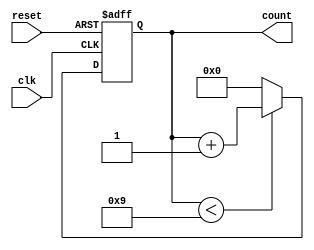
module bcd_counter (
    input wire clk,         // Clock signal
    input wire reset,       // Asynchronous reset signal
    output reg [3:0] count  // 4-bit BCD output
);

// Always block triggered on the rising edge of the clock
// or when the reset signal is asserted
always @(posedge clk or posedge reset) begin
    if (reset) begin
        count <= 4'b0000;  // Reset count to 0
    end else begin
        if (count < 4'b1001) begin
            count <= count + 1;  // Increment count if less than 9
        end else begin
            count <= 4'b0000;  // Reset to 0 if count reaches 9
        end
    end
end

endmodule